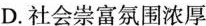
D.社会崇富氛围浓厚